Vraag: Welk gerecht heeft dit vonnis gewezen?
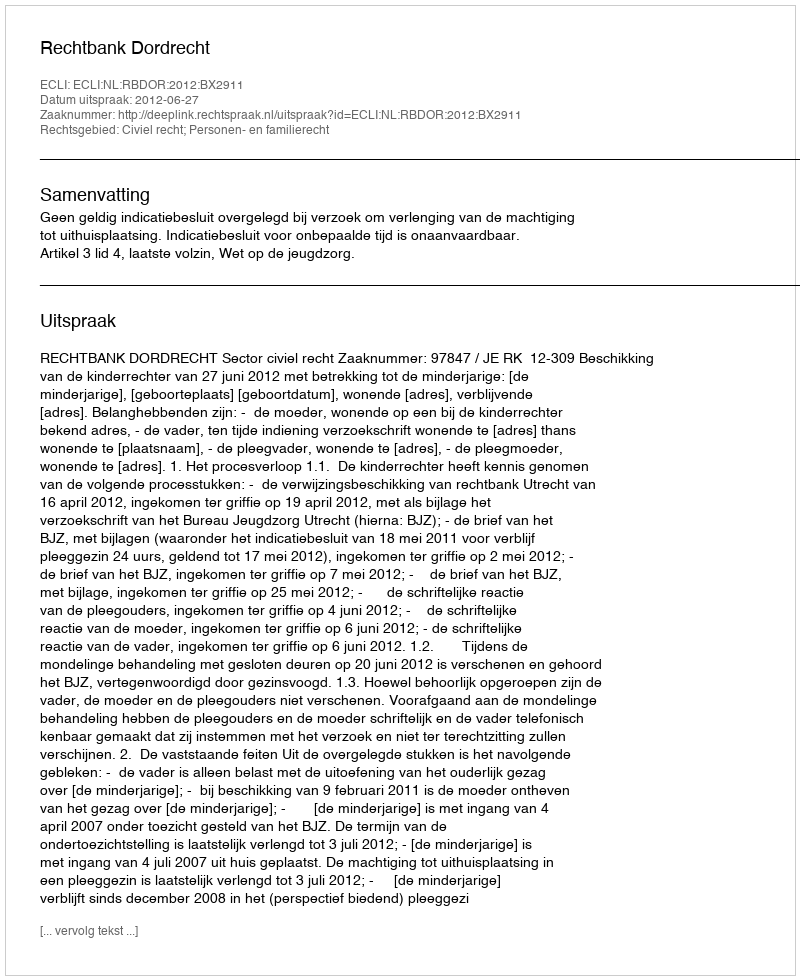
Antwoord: Rechtbank Dordrecht